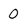
Character: 0